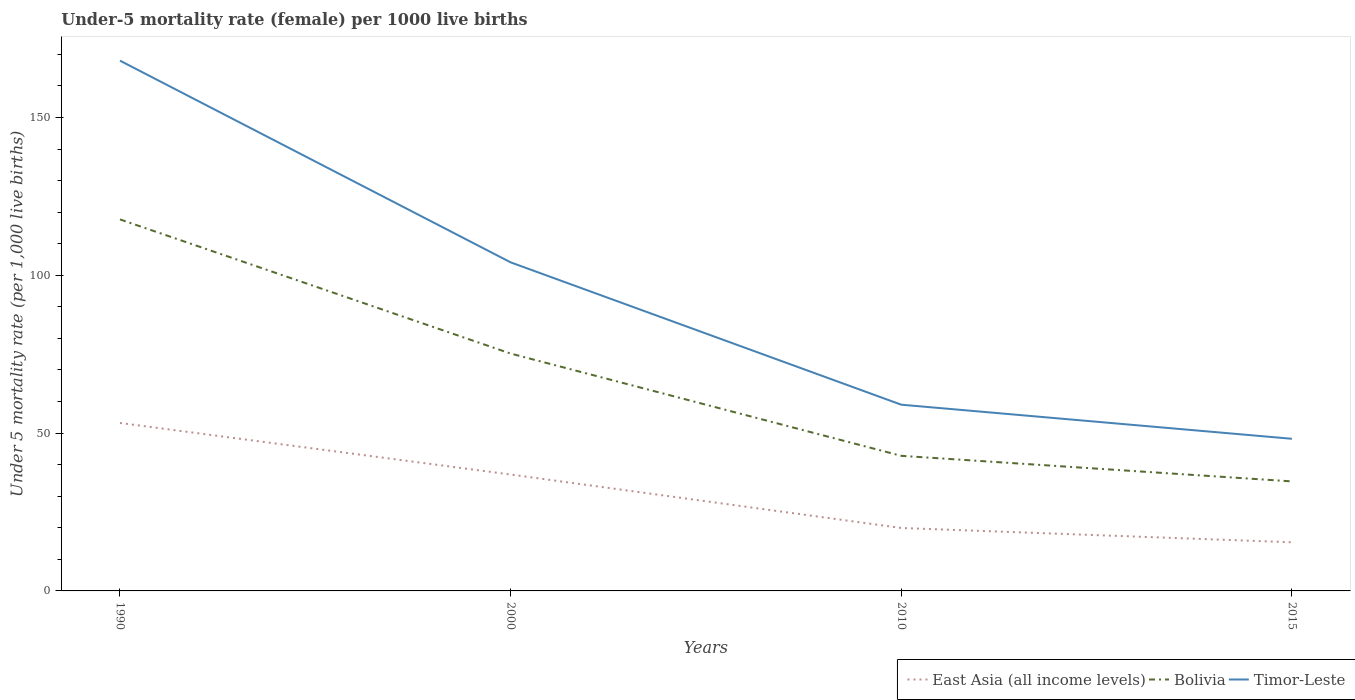
| Years | East Asia (all income levels) | Bolivia | Timor-Leste |
 | --- | --- | --- | --- |
 | 1990 | 53.2 | 118 | 168 |
 | 2000 | 36.9 | 75.2 | 104 |
 | 2010 | 19.9 | 42.8 | 59 |
 | 2015 | 15.4 | 34.7 | 48.2 |